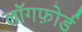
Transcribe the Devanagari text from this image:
लॉगफ़ोर्ड